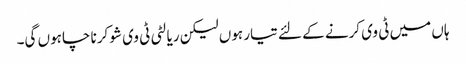
ہاں میں ٹی وی کرنے کے لئے تیار ہوں لیکن ریالٹی ٹی وی شو کرنا چاہوں گی۔